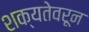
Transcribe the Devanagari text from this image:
शक्यतेवरून